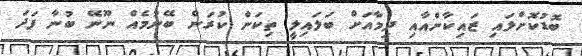
ބޮޑުކޮށްލައި ޒައިކާންއާއި ދިމާއަށް ބަލައިލީ ތިކަން ކުރަން ބޭނުމެއް ނޫނޭ ބުނާ ފަދަ